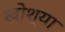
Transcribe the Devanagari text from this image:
खोश्या